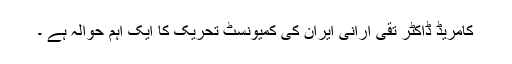
کامریڈ ڈاکٹر تقی ارانی ایران کی کمیونسٹ تحریک کا ایک اہم حوالہ ہے ۔